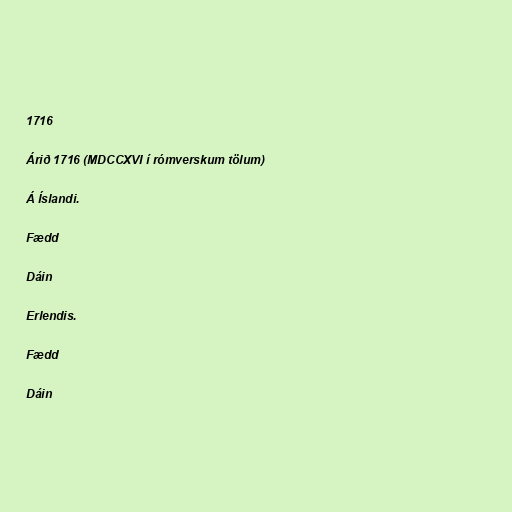
1716

Árið 1716 (MDCCXVI í rómverskum tölum)

Á Íslandi.

Fædd

Dáin

Erlendis.

Fædd

Dáin